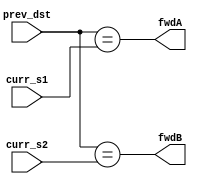
`timescale 1ns / 1ps
//////////////////////////////////////////////////////////////////////////////////
// Company: 
// Engineer: 
// 
// Design Name: 
// Module Name: fwd
// Project Name: 
// Target Devices: 
// Tool Versions: 
// Description: 
// 
// Dependencies: 
// 
// Revision:
// Revision 0.01 - File Created
// Additional Comments:
// 
//////////////////////////////////////////////////////////////////////////////////


module fwd(
    input [2:0] prev_dst,
    input [2:0] curr_s1,
    input [2:0] curr_s2,
    output fwdA,
    output fwdB
    );
    
    assign fwdA = (prev_dst == curr_s1);
    assign fwdB = (prev_dst == curr_s2);
    
endmodule